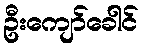
ဦးကျော်ခေါင်